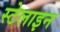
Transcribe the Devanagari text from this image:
स्टेलाइन